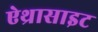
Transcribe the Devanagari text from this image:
ऐथ्रासाइट